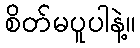
စိတ်မပူပါနဲ့။